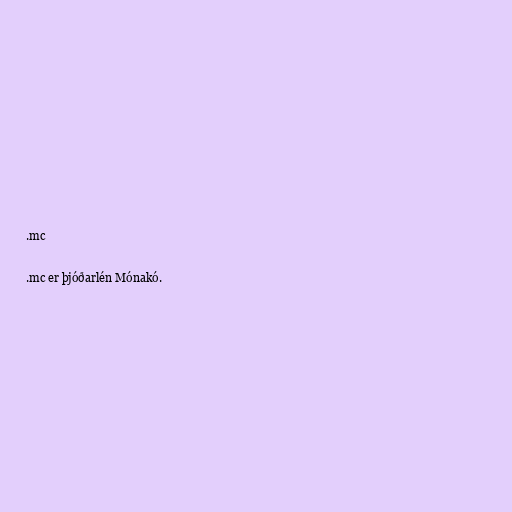
.mc

.mc er þjóðarlén Mónakó.